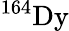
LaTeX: ^{164}\mathrm{Dy}